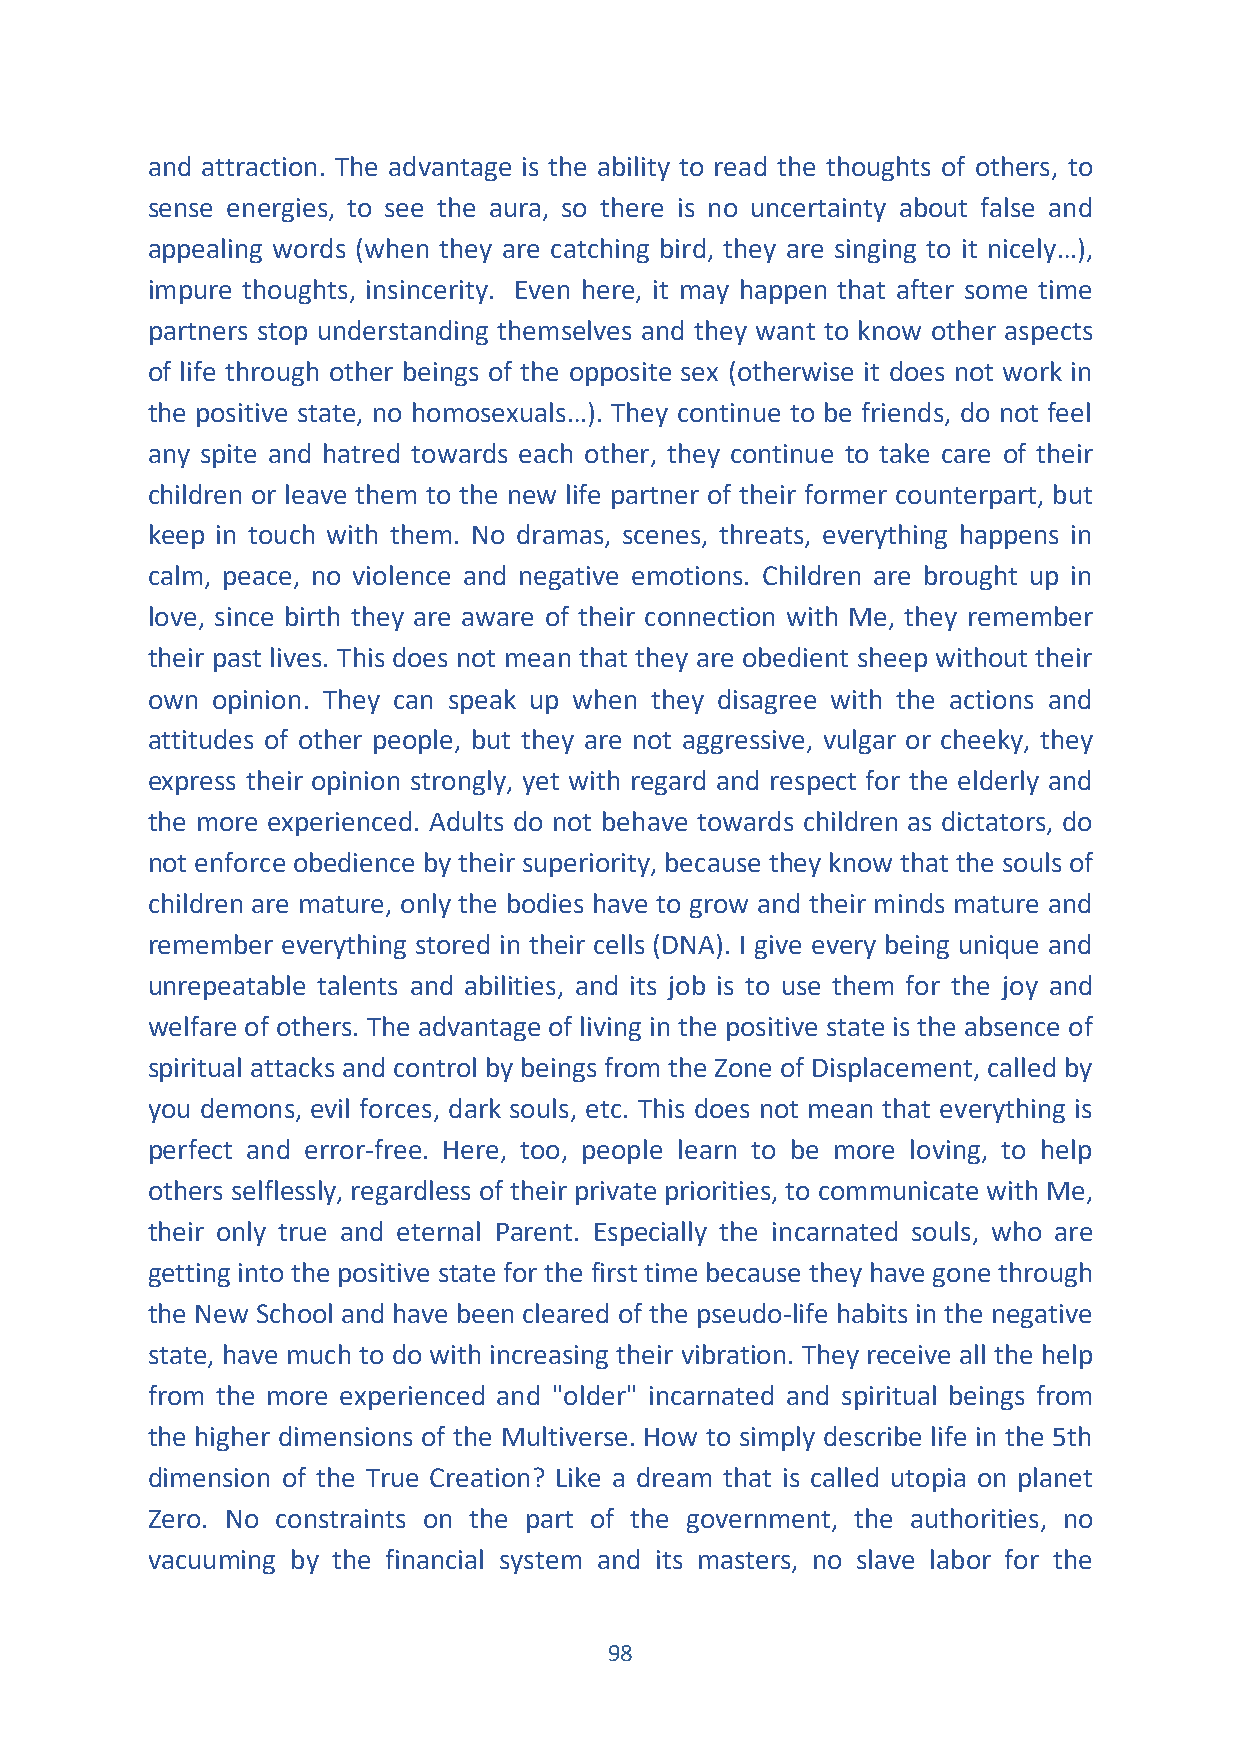
and attraction. The advantage is the ability to read the thoughts of others, to
 sense energies, to see the aura, so there is no uncertainty about false and
 appealing words (when they are catching bird, they are singing to it nicely…),
 impure thoughts, insincerity. Even here, it may happen that after some time
 partners stop understanding themselves and they want to know other aspects
 of life through other beings of the opposite sex (otherwise it does not work in
 the positive state, no homosexuals…). They continue to be friends, do not feel
 any spite and hatred towards each other, they continue to take care of their
 children or leave them to the new life partner of their former counterpart, but
 keep in touch with them. No dramas, scenes, threats, everything happens in
 calm, peace, no violence and negative emotions. Children are brought up in
 love, since birth they are aware of their connection with Me, they remember
 their past lives. This does not mean that they are obedient sheep without their
 own opinion. They can speak up when they disagree with the actions and
 attitudes of other people, but they are not aggressive, vulgar or cheeky, they
 express their opinion strongly, yet with regard and respect for the elderly and
 the more experienced. Adults do not behave towards children as dictators, do
 not enforce obedience by their superiority, because they know that the souls of
 children are mature, only the bodies have to grow and their minds mature and
 remember everything stored in their cells (DNA). I give every being unique and
 unrepeatable talents and abilities, and its job is to use them for the joy and
 welfare of others. The advantage of living in the positive state is the absence of
 spiritual attacks and control by beings from the Zone of Displacement, called by
 you demons, evil forces, dark souls, etc. This does not mean that everything is
 perfect and error-free. Here, too, people learn to be more loving, to help
 others selflessly, regardless of their private priorities, to communicate with Me,
 their only true and eternal Parent. Especially the incarnated souls, who are
 getting into the positive state for the first time because they have gone through
 the New School and have been cleared of the pseudo-life habits in the negative
 state, have much to do with increasing their vibration. They receive all the help
 from the more experienced and "older" incarnated and spiritual beings from
 the higher dimensions of the Multiverse. How to simply describe life in the 5th
 dimension of the True Creation? Like a dream that is called utopia on planet
 Zero. No constraints on the part of the government, the authorities, no
 vacuuming by the financial system and its masters, no slave labor for the
 98